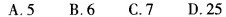
A. 5 B. 6 C. 7 D. 25